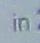
in